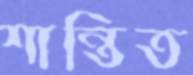
শান্তিত